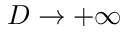
D \to + \infty